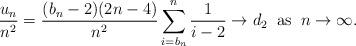
LaTeX: \begin{align*}\frac{u_n}{n^{2}}=\frac{(b_n-2)(2n-4)}{n^{2}}\sum_{i=b_n}^{n}\frac{1}{i-2}\to d_2\;\;\mbox{as}\;\;n\to\infty.\end{align*}